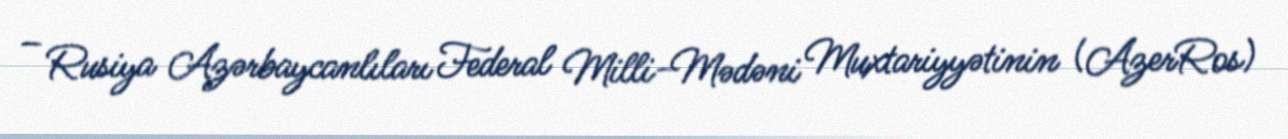
– Rusiya Azərbaycanlıları Federal Milli-Mədəni Muxtariyyətinin (AzerRos)